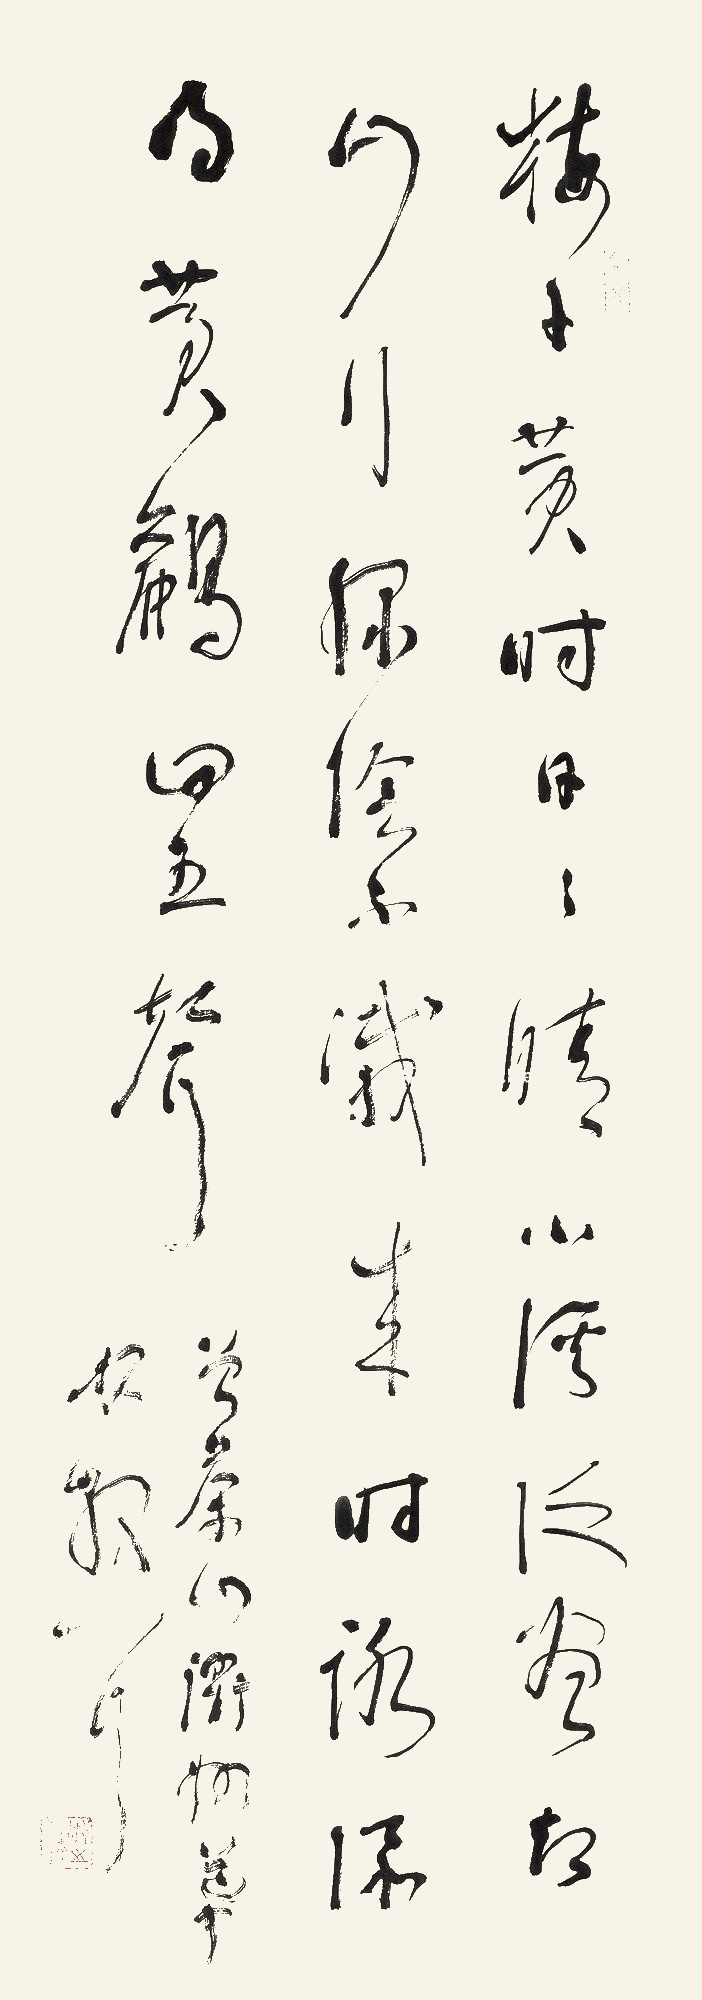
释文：梅子黄时日日晴，小溪泛尽却山行。绿阴不减来时路，添得黄鹂四五声。曾茶山《衢州道中》。林散耳。